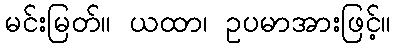
မင်းမြတ်။ ယထာ၊ ဥပမာအားဖြင့်။